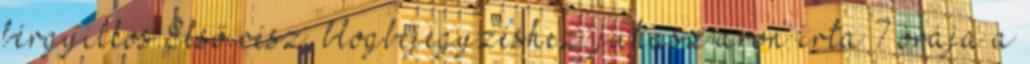
bérgyilkos.Első rész. blogbejegyzéshez: juhasz aron írta 7 órája a